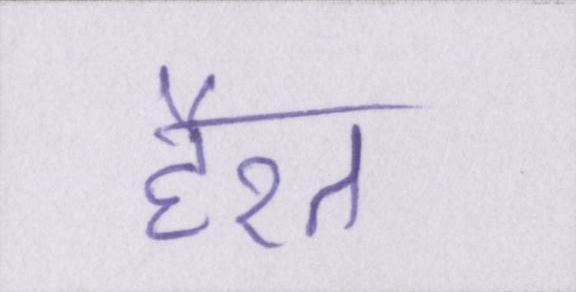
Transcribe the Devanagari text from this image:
हैरत